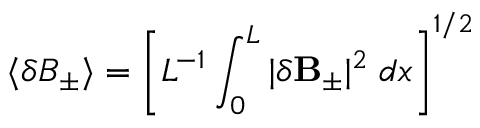
\langle \delta B _ { \pm } \rangle = \left[ L ^ { - 1 } \int _ { 0 } ^ { L } | \delta { \bf B } _ { \pm } | ^ { 2 } \; d x \right] ^ { 1 / 2 }